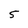
Character: 5